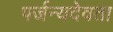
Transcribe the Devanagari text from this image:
पर्जन्यदेवता